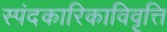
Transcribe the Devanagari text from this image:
स्पंदकारिकाविवृत्ति